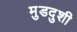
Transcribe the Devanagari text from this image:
मुडदुशी